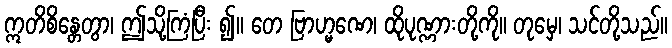
ဣတိစိန္တေတွာ၊ ဤသို့ကြံပြီး ၍။ တေ ဗြာဟ္မဏေ၊ ထိုပုဏ္ဏားတို့ကို။ တုမှေ၊ သင်တို့သည်။